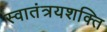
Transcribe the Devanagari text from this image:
स्वातंत्रयशक्ति